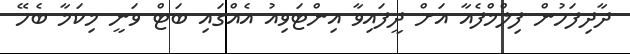
ދާދިފަހުން ފިލްމްފެއާ އަށް ދީފައިވާ އިންޓަވިއު އެއްގައި ބަޓް ވަނީ މިކަމާ ބެހޭ